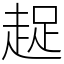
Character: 趗